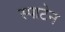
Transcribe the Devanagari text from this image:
स्पाटेन